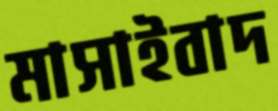
মাসাইবাদ